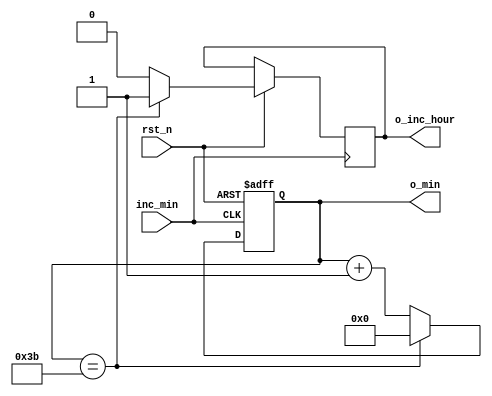
module minutes (
    input rst_n,
    input inc_min,
    output [5:0] o_min,
    output o_inc_hour
);
  // Internal logic
  reg [5:0] minutes_cnt;  // 0-59 minutes
  reg inc_hour;

  always @(posedge inc_min or negedge rst_n) begin
    if (!rst_n) begin
      minutes_cnt <= 0;

    end else begin
      if (minutes_cnt == 6'd59) begin
        minutes_cnt <= 0;
        inc_hour <= 1;

      end else begin
        minutes_cnt <= minutes_cnt + 1'b1;
        inc_hour <= 0;
      end
    end
  end

  assign o_inc_hour = inc_hour;
  assign o_min = minutes_cnt;

endmodule